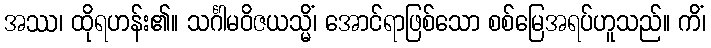
အဿ၊ ထိုရဟန်း၏။ သင်္ဂါမဝိဇယသ္မိံ၊ အောင်ရာဖြစ်သော စစ်မြေအရပ်ဟူသည်။ ကိံ၊